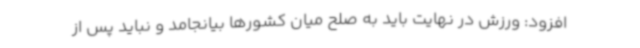
افزود: ورزش در نهایت باید به صلح میان کشورها بیانجامد و نباید پس از